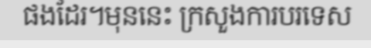
ផងដែរ។មុននេះ ក្រសួងការបរទេស